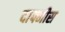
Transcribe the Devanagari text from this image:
दाफ्नीस